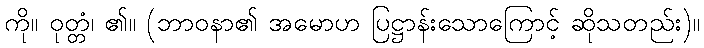
ကို။ ဝုတ္တံ၊ ၏။ (ဘာဝနာ၏ အမောဟ ပြဋ္ဌာန်းသောကြောင့် ဆိုသတည်း)။